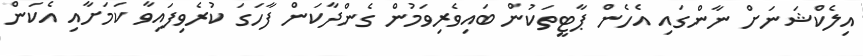
އިލެކްޝަނަށް ނާންގައި އެހެން ޕާޓީތަކުން ބައިވެރިވަމުން ގެންދާކަން ފާހަގަ ކުރެވިފައިވާ ކަމަށާއި އެކަން